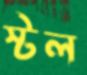
স্টল